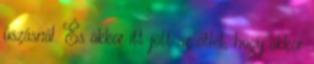
úszásnál. És akkor itt jött az ötlet, hogy akkor